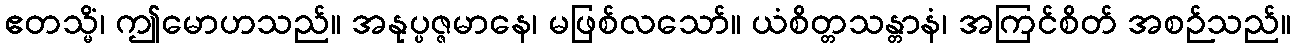
ဧတသ္မိံ၊ ဤမောဟသည်။ အနုပ္ပဇ္ဇမာနေ၊ မဖြစ်လသော်။ ယံစိတ္တသန္တာနံ၊ အကြင်စိတ် အစဉ်သည်။